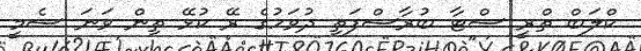
ކްލަބް ތްރީ ސްޓާ ބުރާސްފަތި ދުވަހުގެ ރޭ ކުޅޭ ތިން ވަނަ ސެމީ